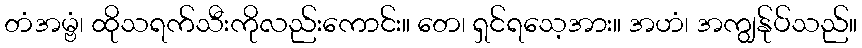
တံအမ္ဗံ၊ ထိုသရက်သီးကိုလည်းကောင်း။ တေ၊ ရှင်ရသေ့အား။ အဟံ၊ အကျွန်ုပ်သည်။